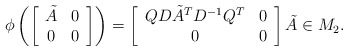
\begin{align*}\phi\left(\left[\begin{array}{cc} \tilde A & 0 \\0 & 0 \end{array} \right]\right) = \left[\begin{array}{cc}QD \tilde A ^T D^{-1}Q^T & 0 \\0 & 0 \end{array}\right] \tilde A \in M_2.\end{align*}